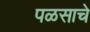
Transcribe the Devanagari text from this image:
पळसाचे